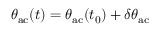
\theta _ { \mathrm { a c } } ( t ) = \theta _ { \mathrm { a c } } ( t _ { 0 } ) + \delta \theta _ { \mathrm { a c } }